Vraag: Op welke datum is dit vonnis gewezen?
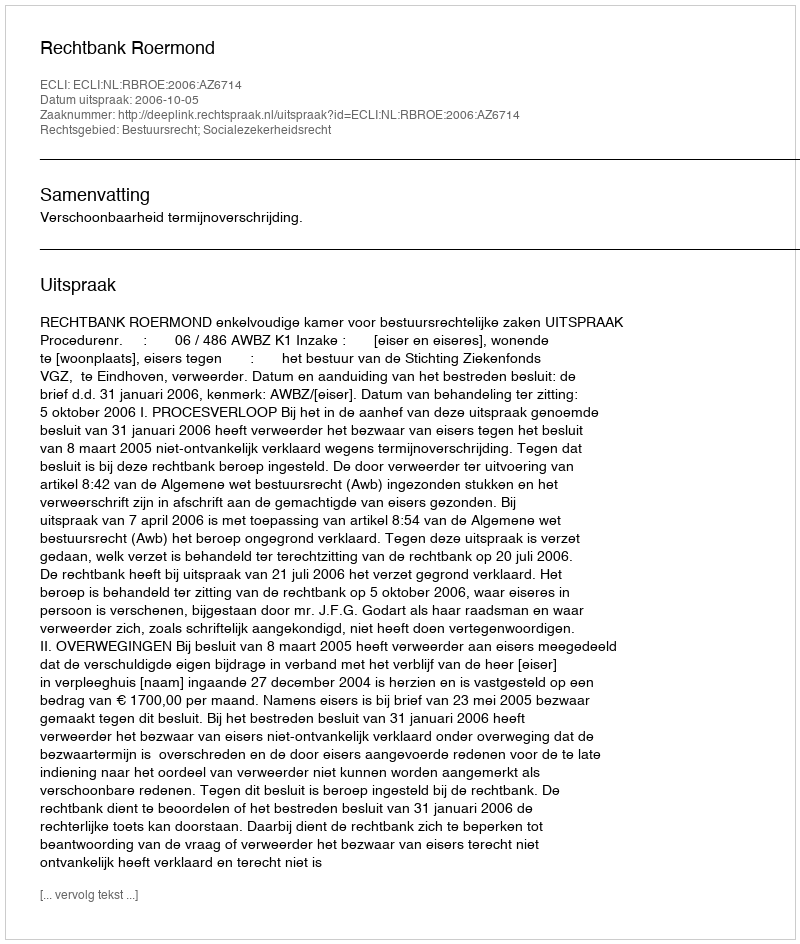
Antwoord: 2006-10-05